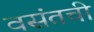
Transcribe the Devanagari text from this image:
वसंतची